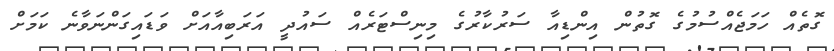
ގޮތެއް ހަމަޖެއްސުމުގެ ގޮތުން އިންޑިއާ ސަރުކާރުގެ މިނިސްޓަރެއް ސައުދީ އަރަބިއާއަށް ވަޑައިގަންނަވާނެ ކަމަށް